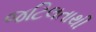
જટિલતાથી